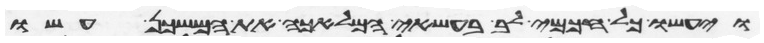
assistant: ויעשו כל חכמי לב בעשאי המלאכה את המשכן עשו